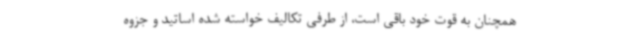
همچنان به قوت خود باقی است، از طرفی تکالیف خواسته شده اساتید و جزوه